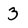
Character: 3